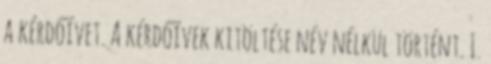
a kérdőívet. A kérdőívek kitöltése név nélkül történt. I.